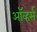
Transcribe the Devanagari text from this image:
ऑव्हर्स